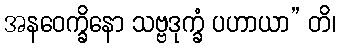
အနဝေက္ခိနော သဗ္ဗဒုက္ခံ ပဟာယာ” တိ၊